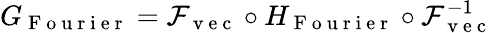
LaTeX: G_{\mathrm{~F~o~u~r~i~e~r~}}=\mathcal{F}_{\mathrm{~v~e~c~}}\circ H_{\mathrm{~F~o~u~r~i~e~r~}}\circ\mathcal{F}_{\mathrm{~v~e~c~}}^{-1}